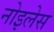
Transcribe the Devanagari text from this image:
नोइलेस